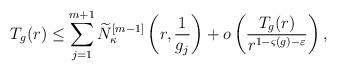
LaTeX: \begin{align*} T_g(r) \leq \sum_{j=1}^{m+1} \widetilde N^{[m-1]}_\kappa\left(r,\frac{1}{g_j}\right) + o\left(\frac{T_g(r)}{r^{1-\varsigma(g)-\varepsilon}}\right), \end{align*}